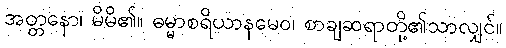
အတ္တနော၊ မိမိ၏။ ဓမ္မာစရိယာနမေဝ၊ စာချဆရာတို့၏သာလျှင်။